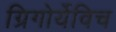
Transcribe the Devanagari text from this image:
ग्रिगोर्येविच